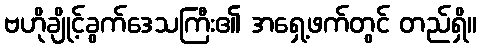
ဗဟိုချိုင့်ခွက်ဒေသကြီး၏ အရှေ့ဖက်တွင် တည်ရှိ။